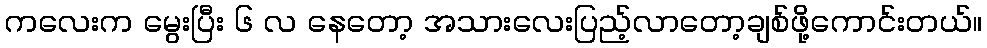
ကလေးက မွေးပြီး ၆ လ နေတော့ အသားလေးပြည့်လာတော့ချစ်ဖို့ကောင်းတယ်။